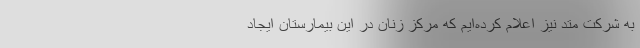
به شرکت متد نیز اعلام کرده‌ایم که مرکز زنان در این بیمارستان ایجاد